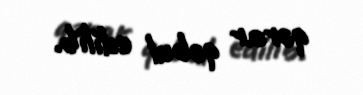
qərar qəbul edilib.